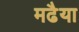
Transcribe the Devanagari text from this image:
मढैया